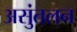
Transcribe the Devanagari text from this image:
असुंतलन